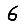
Digit: 6